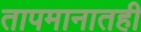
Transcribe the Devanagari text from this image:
तापमानातही